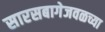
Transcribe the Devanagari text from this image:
सारसबागेजवळच्या